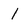
Character: 1